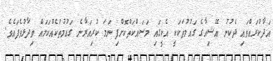
އަދާކުރައްވައި ދެކުނު އޭޝިއާގެ ގައުމުތަކަކީ އެކީގައި މަސައްކަތްކޮށްފި ނަމަ ކުރިއަރާނެ ގައުމުތަކެއްކަމައް ވިދާޅުވެފައެވެ.